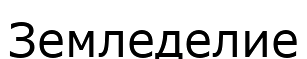
Земледелие